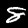
Label: 8